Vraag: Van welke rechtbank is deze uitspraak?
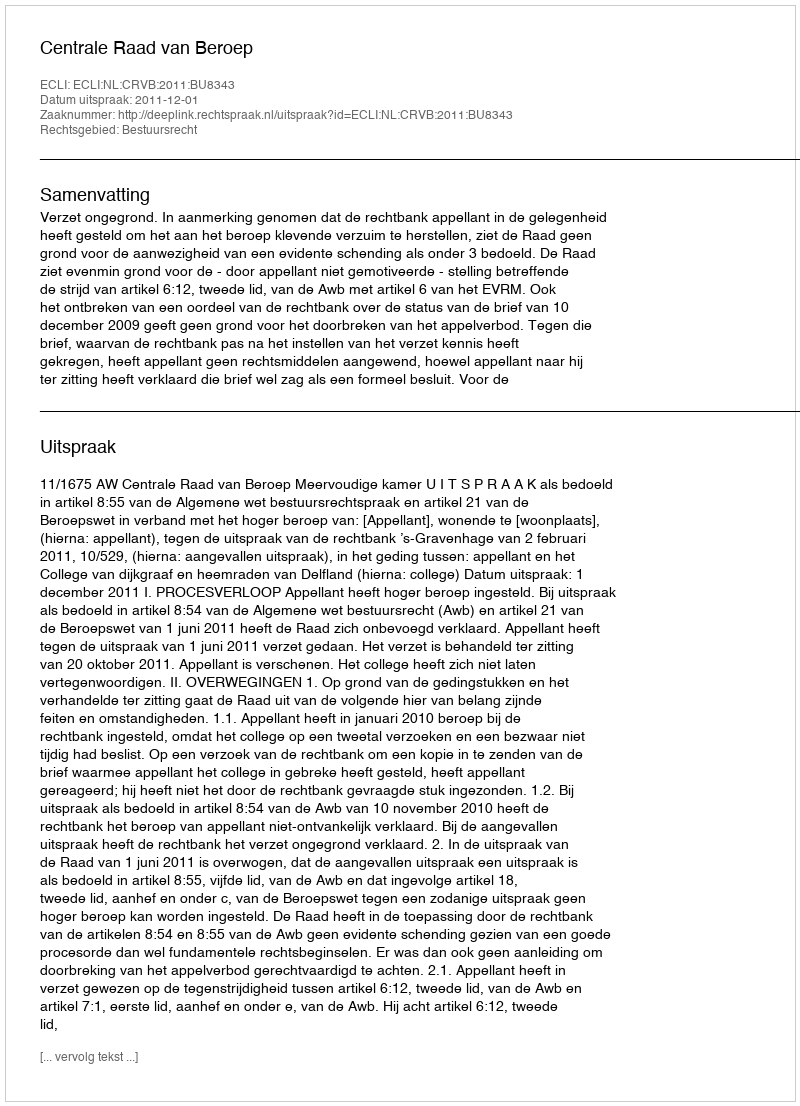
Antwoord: Centrale Raad van Beroep